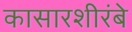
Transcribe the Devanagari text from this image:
कासारशीरंबे